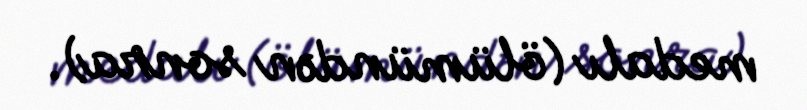
medalı (ölümündən sonra).